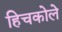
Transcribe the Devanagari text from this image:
हिचकोले